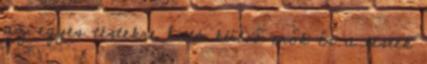
az egyes testekre ható külső erők és a testek